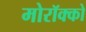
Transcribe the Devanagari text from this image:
मोरॉक्को